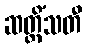
ဆတ္တိံသတီ